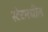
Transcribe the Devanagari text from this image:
स्टेटमधील